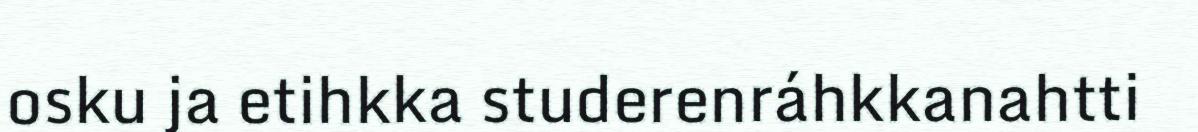
osku ja etihkka studerenráhkkanahtti